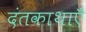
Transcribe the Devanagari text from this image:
दंतकाथाएँ